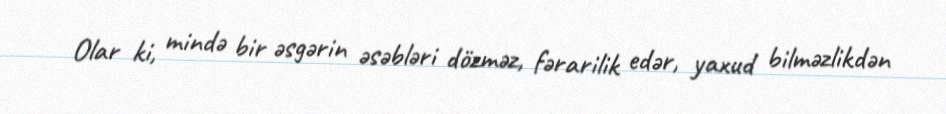
Olar ki, mində bir əsgərin əsəbləri dözməz, fərarilik edər, yaxud bilməzlikdən